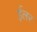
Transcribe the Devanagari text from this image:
ईलर